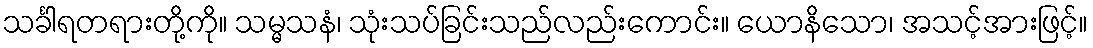
သင်္ခါရတရားတို့ကို။ သမ္မသနံ၊ သုံးသပ်ခြင်းသည်လည်းကောင်း။ ယောနိသော၊ အသင့်အားဖြင့်။